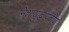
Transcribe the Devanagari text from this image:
निशायुद्धाप्रवीण